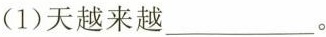
(1)天越来越___。